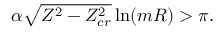
\alpha \sqrt { Z ^ { 2 } - Z _ { c r } ^ { 2 } } \ln ( m R ) > \pi .